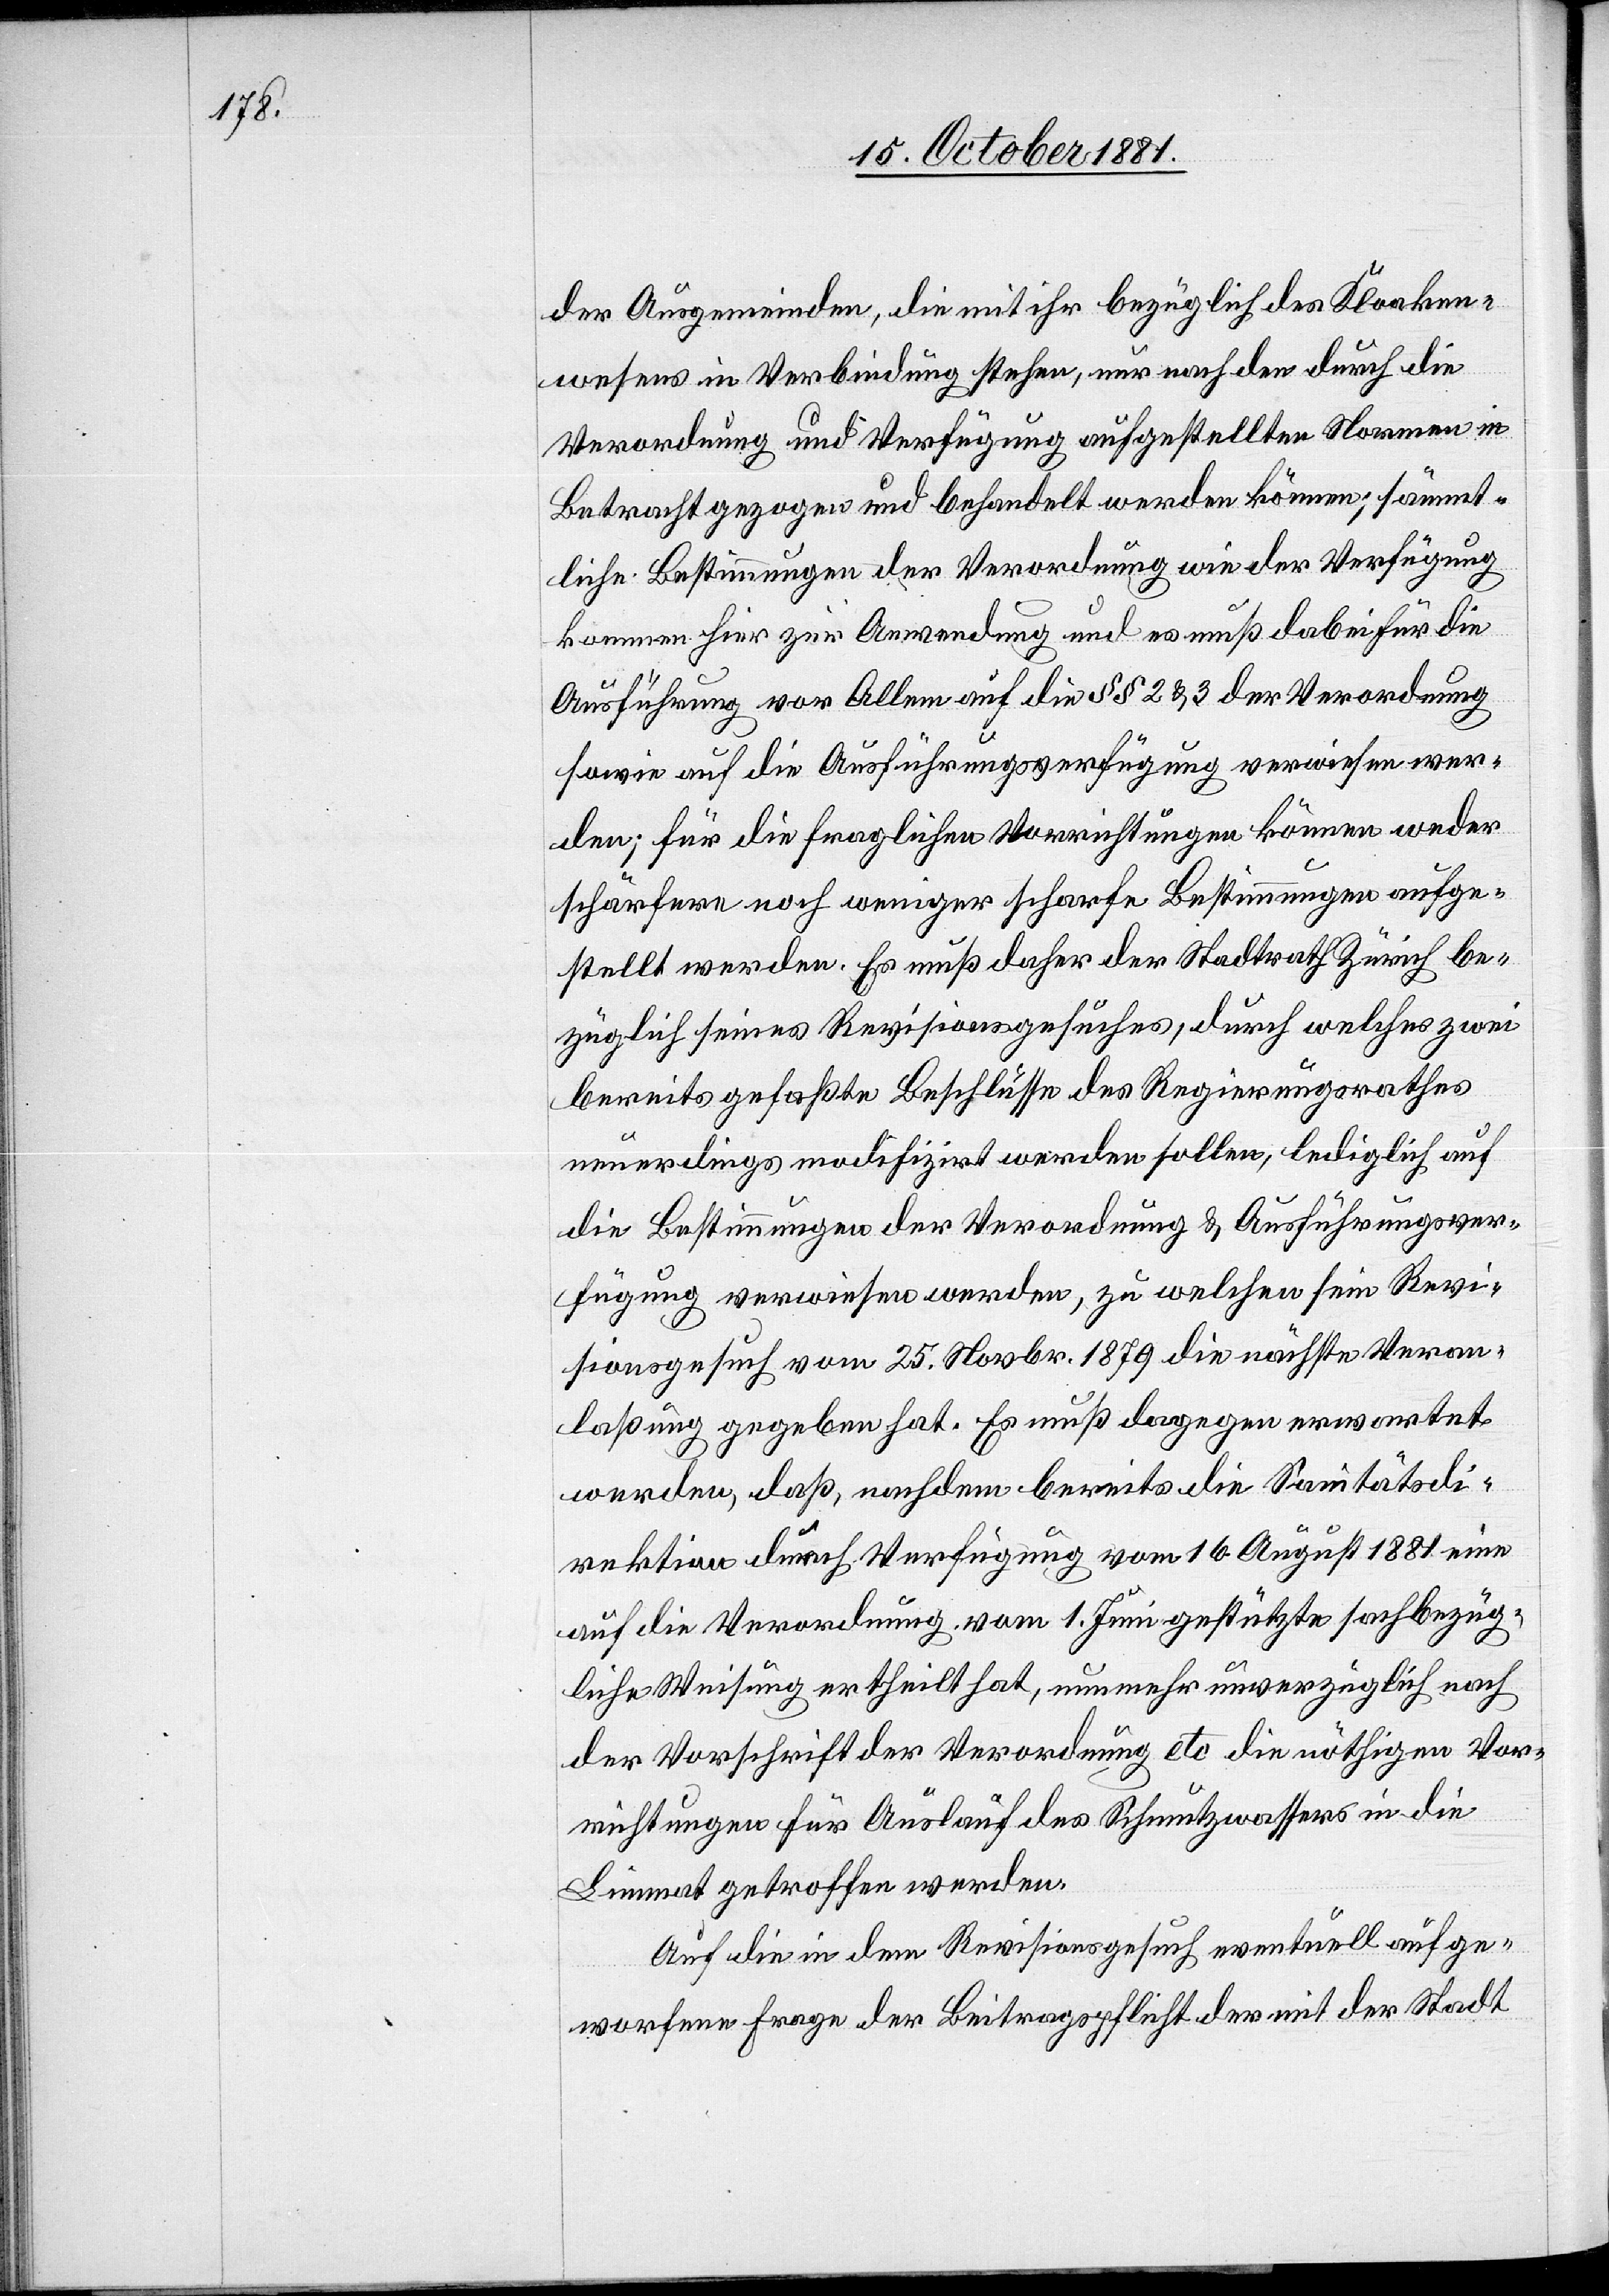
der Ausgemeinden, die mit ihr bezüglich des Kloaken¬
wesens in Verbindung stehen, nur nach den durch die
Verordnung und Verfügung aufgestellten Normen in
Betracht gezogen und behandelt werden können; sämmt¬
liche Bestimmungen der Verordnung wie der Verfügung
kommen hier zur Anwendung und es muß dabei für die
Ausführung vor Allem auf die §§ 2 & 3 der Verordnung
sowie auf die Ausführungsverfügung verwiesen wer¬
den; für die fraglichen Verrichtungen können weder
schärfere noch weniger scharfe Bestimmungen aufge¬
stellt werden. Es muß daher der Stadtrath Zürich be¬
züglich seines Revisionsgesuches, durch welches zwei
bereits gefaßte Beschlüsse des Regierungsrathes
neuerdings modifizirt werden sollen, lediglich auf
die Bestimmungen der Verordnung & Ausführungsver¬
fügung verwiesen werden, zu welchen sein Revi¬
sionsgesuch vom 25. Novbr. 1879 die nächste Veran¬
laßung gegeben hat. Es muß dagegen erwartet
werden, daß, nachdem bereits die Sanitätsdi¬
rektion durch Verfügung vom 16. August 1881 eine
auf die Verordnung vom 1. Juni gestützte sachbezüg¬
liche Weisung ertheilt hat, nunmehr unverzüglich nach
der Vorschrift der Verordnung etc[.] die nöthigen Vor¬
richtungen für Auslauf des Schmutzwassers in die
Limmat getroffen werden.
Auf die in dem Revisionsgesuch eventuell aufge¬
worfenen Fragen der Beitragspflicht der mit der Stadt